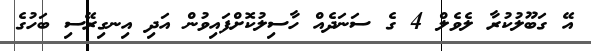
އޭ ގަބޫލުކުރާ ލެވެލް 4 ގެ ސަނަދެއް ހާސިލުކޮށްފައިވުން އަދި އިނގިރޭސި ބަހުގެ